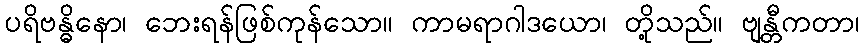
ပရိဗန္ဓိနော၊ ဘေးရန်ဖြစ်ကုန်သော။ ကာမရာဂါဒယော၊ တို့သည်။ ဗျန္တီကတာ၊